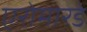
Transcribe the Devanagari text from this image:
एरोमारडे